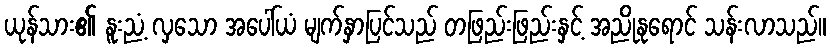
ယုန်သား၏ နူးညံ့ လှသော အပေါ်ယံ မျက်နှာပြင်သည် တဖြည်းဖြည်းနှင့် အညိုနုရောင် သန်းလာသည်။